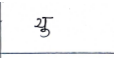
मजकूर: यु